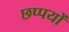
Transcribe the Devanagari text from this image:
छप्पयों